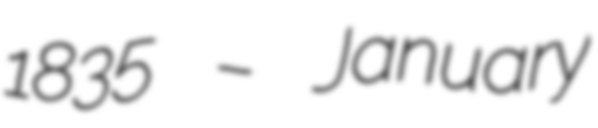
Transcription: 1835 – January